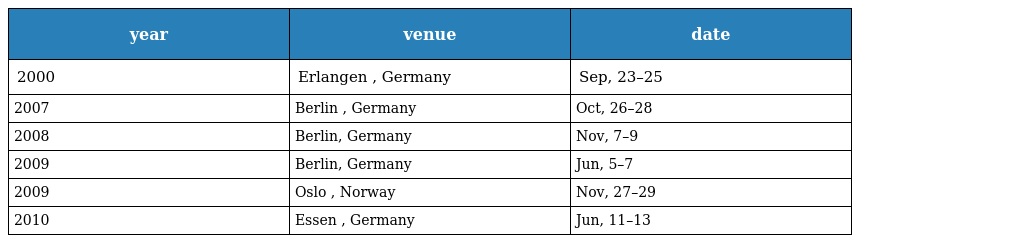
| year | venue | date |
 | --- | --- | --- |
 | 2000 | Erlangen , Germany | Sep, 23–25 |
 | 2007 | Berlin , Germany | Oct, 26–28 |
 | 2008 | Berlin, Germany | Nov, 7–9 |
 | 2009 | Berlin, Germany | Jun, 5–7 |
 | 2009 | Oslo , Norway | Nov, 27–29 |
 | 2010 | Essen , Germany | Jun, 11–13 |